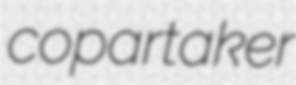
copartaker